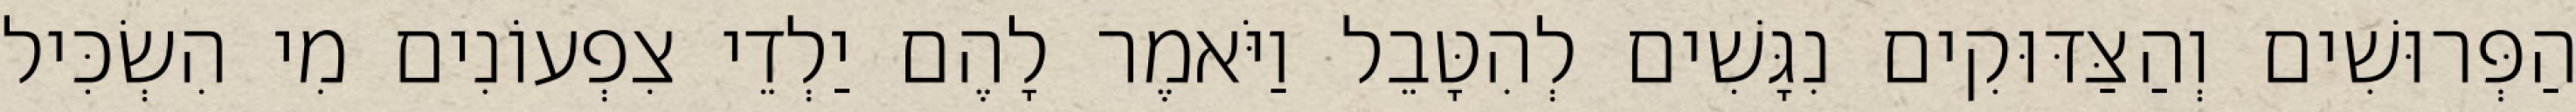
הַפְּרוּשִׁים וְהַצַּדּוּקִים נִגָּשִׁים לְהִטָּבֵל וַיֹּאמֶר לָהֶם יַלְדֵי צִפְעוֹנִים מִי הִשְׂכִּיל